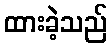
ထားခဲ့သည်